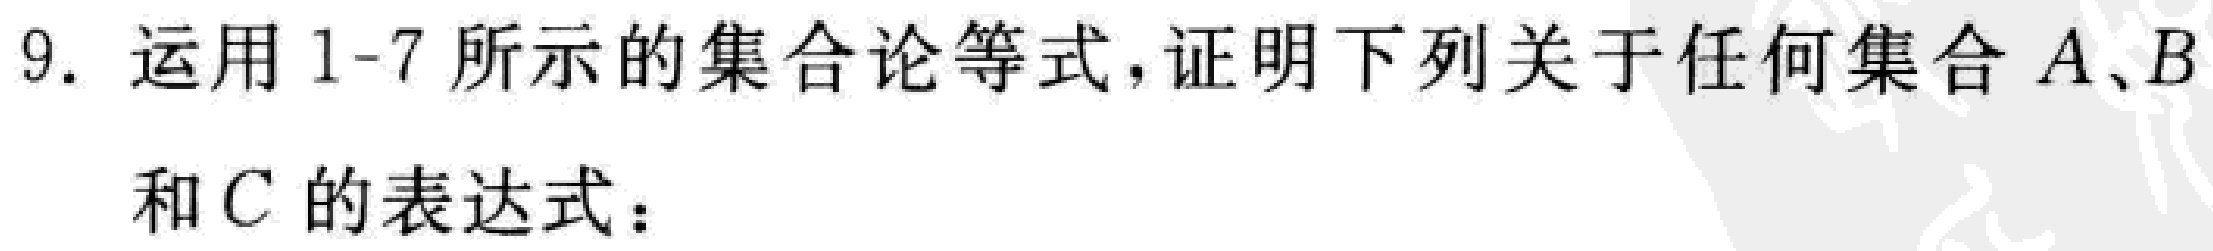
9. 运用1-7所示的集合论等式，证明下列关于任何集合\(A\)、\(B\)和\(C\)的表达式：